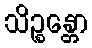
သိဉ္စန္တော